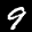
Label: 9